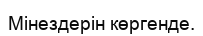
Мінездерін көргенде.